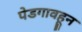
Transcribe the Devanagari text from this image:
पेडगावहून